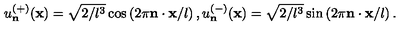
u _ { \bf n } ^ { ( + ) } ( { \bf x } ) = \sqrt { 2 / l ^ { 3 } } \cos \left( 2 \pi { \bf n } \cdot { \bf x } / l \right) , u _ { \bf n } ^ { ( - ) } ( { \bf x } ) = \sqrt { 2 / l ^ { 3 } } \sin \left( 2 \pi { \bf n } \cdot { \bf x } / l \right) .